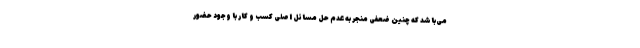
می‌باشد که چنین ضعفی منجر به عدم حل مسائل اصلی کسب و کار با وجود حضور